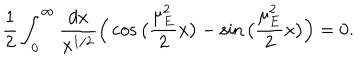
\frac { 1 } { 2 } \int _ { 0 } ^ { \infty } \frac { d x } { x ^ { 1 / 2 } } \Big ( \cos \big ( \frac { \mu _ { E } ^ { 2 } } { 2 } x \big ) - \sin \big ( \frac { \mu _ { E } ^ { 2 } } { 2 } x \big ) \Big ) = 0 .